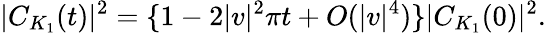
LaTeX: |C_{K_{1}}(t)|^{2}=\{ 1-2|v|^{2}\pi t+O(|v|^{4})\} |C_{K_{1}}(0)|^{2}.